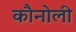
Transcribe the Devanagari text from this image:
कौनोली